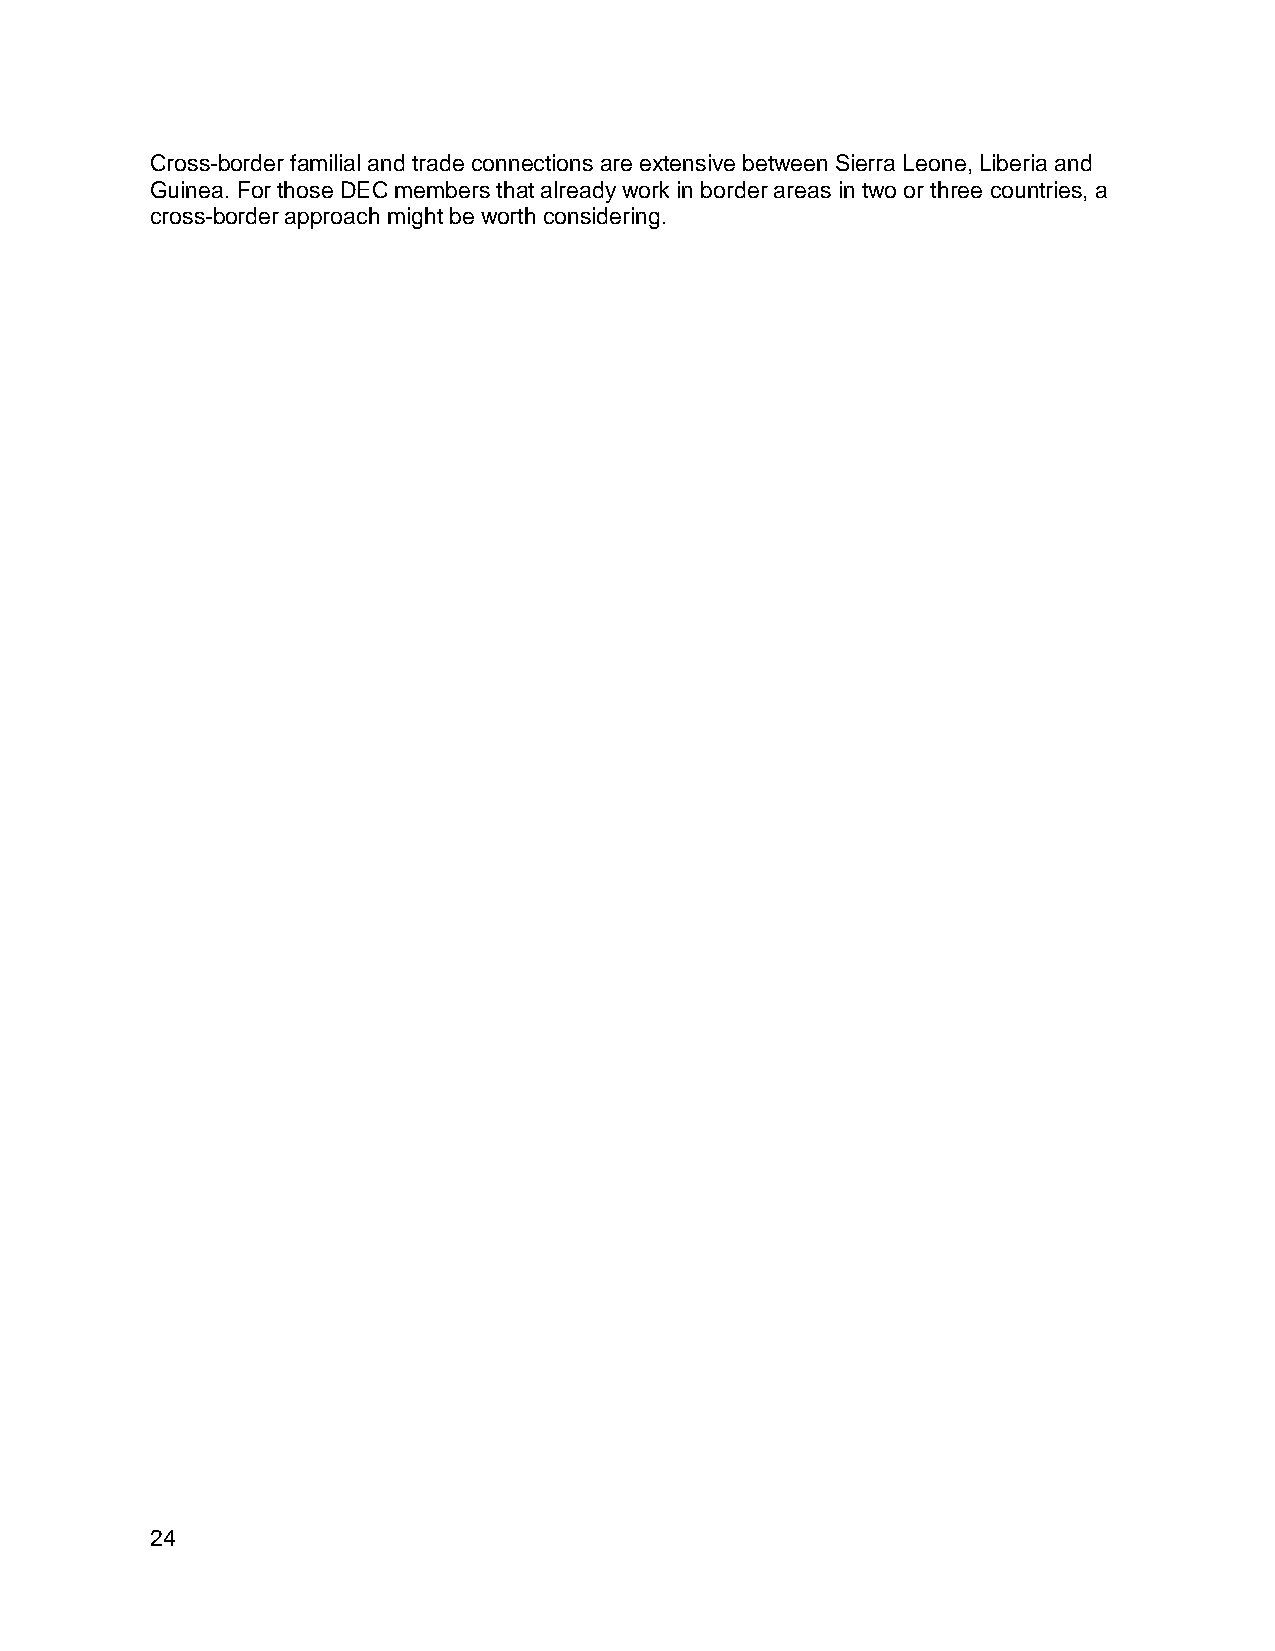
Cross-border familial and trade connections are extensive between Sierra Leone, Liberia and
 Guinea. For those DEC members that already work in border areas in two or three countries, a
 cross-border approach might be worth considering.
 24